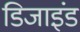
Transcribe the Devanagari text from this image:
डिजाइंड